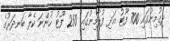
ދިގުމިނުގައި 700 ފޫޓު އަދި ފުޅާމިނުގައި 250 ފޫޓު ހުންނަ ކެލާ ބަނދަރުގެ